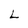
Character: L